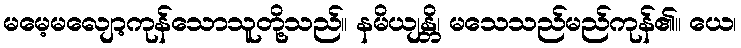
မမေ့မလျော့ကုန်သောသူတို့သည်။ နမိယျန္တိ၊ မသေသည်မည်ကုန်၏။ ယေ၊